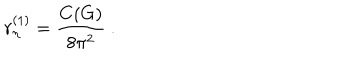
LaTeX: r _ { \eta } ^ { ( 1 ) } = \frac { C ( G ) } { 8 \pi ^ { 2 } } \ .